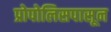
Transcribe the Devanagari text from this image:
प्रोपोलिसपासून